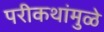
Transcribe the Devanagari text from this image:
परीकथांमुळे